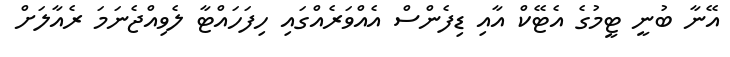
އޭނާ ބުނީ ޓީމުގެ އެޓޭކް އާއި ޑިފެންސް އެއްވަރެއްގައި ހިފަހައްޓާ ލެވިއްޖެނަމަ ރެއާލަށް